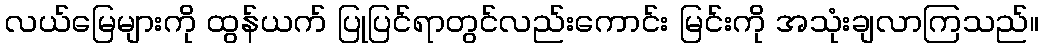
လယ်မြေများကို ထွန်ယက် ပြုပြင်ရာတွင်လည်းကောင်း မြင်းကို အသုံးချလာကြသည်။